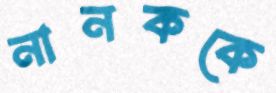
নানককে